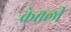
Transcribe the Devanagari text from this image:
केत्तर्ली